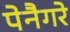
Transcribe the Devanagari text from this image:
पेनैगरे